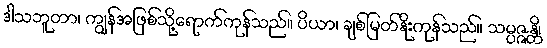
ဒါသဘူတာ၊ ကျွန်အဖြစ်သို့ရောက်ကုန်သည်။ ပိယာ၊ ချစ်မြတ်နိုးကုန်သည်။ သမ္ပဇ္ဇန္တိ၊